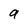
Character: a